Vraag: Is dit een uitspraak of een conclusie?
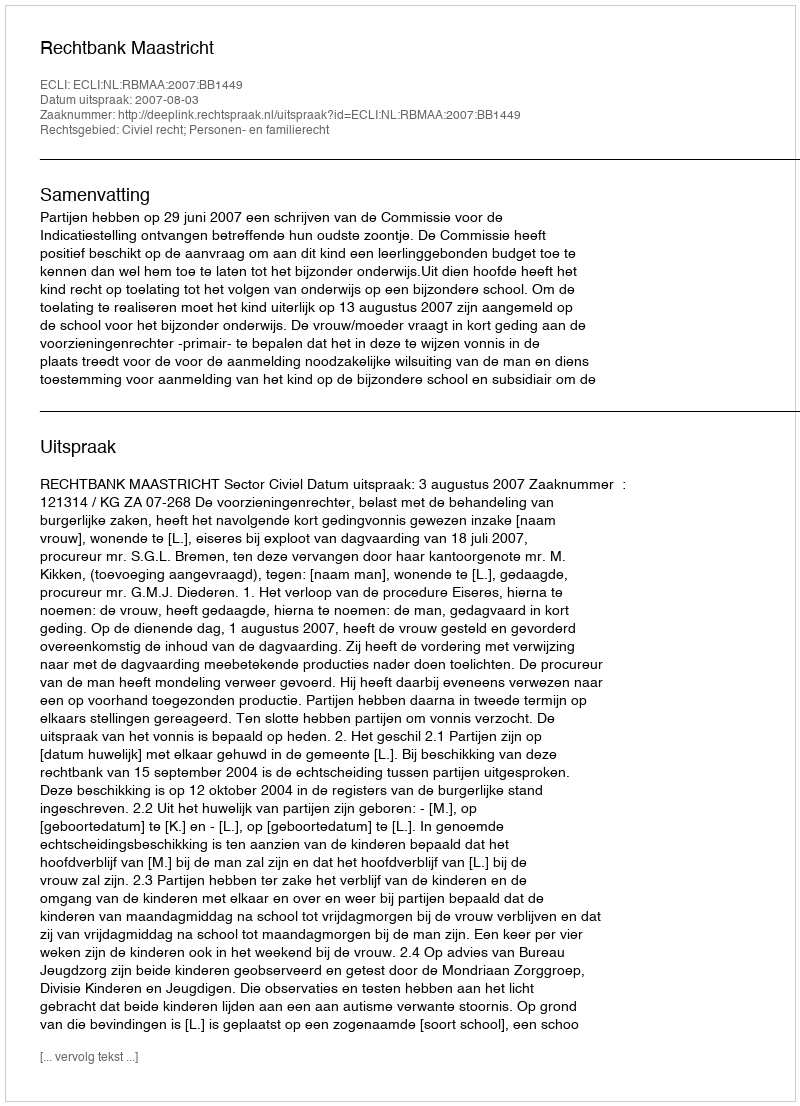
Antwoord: Uitspraak